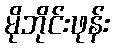
မိုဘိုင်းဖုန်း